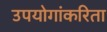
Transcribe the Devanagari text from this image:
उपयोगांकरिता